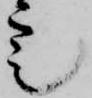
定